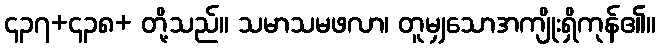
၄၃၇+၄၃၈+ တို့သည်။ သမာသမဖလာ၊ တူမျှသောအကျိုးရှိကုန်၏။